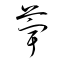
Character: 荢